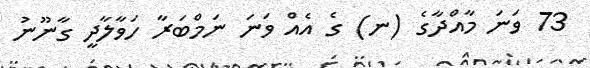
73 ވަނަ މާއްދާގެ (ނ) ގެ އެއް ވަނަ ނަމްބަރާ ހަވާލާދީ ގާނޫނު